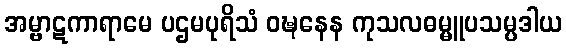
အမ္ဗာဋကာရာမေ ပဌမပုရိသံ ဝဍ္ဎနေန ကုသလဓမ္မူပသမ္ပဒါယ